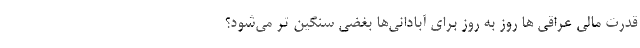
قدرت مالی عراقی ها روز به روز برای آبادانی‌ها بغضی سنگین تر می‌شود؟